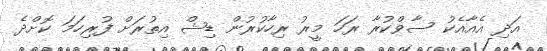
އަދި އެއާއެކު ސާވްކުރާ ރަހަ މީރު ރިހާކުރުން ޑިޝް އިތުރަށް ފުރިހަމަ ކޮށްދެ